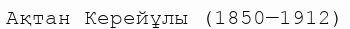
Ақтан Керейұлы (1850—1912)